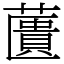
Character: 䕚